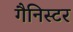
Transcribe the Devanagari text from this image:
गैनिस्टर